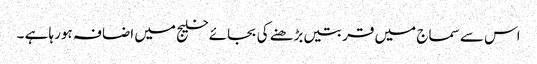
اس سے سماج میں قربتیں بڑھنے کی بجائے خلیج میں اضافہ ہورہا ہے ۔